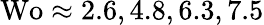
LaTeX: \textrm{Wo}\approx 2.6,4.8,6.3,7.5